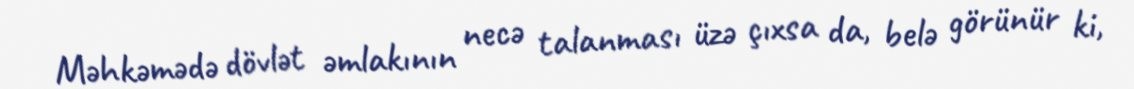
Məhkəmədə dövlət əmlakının necə talanması üzə çıxsa da, belə görünür ki,